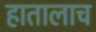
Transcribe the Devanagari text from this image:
हातालाच